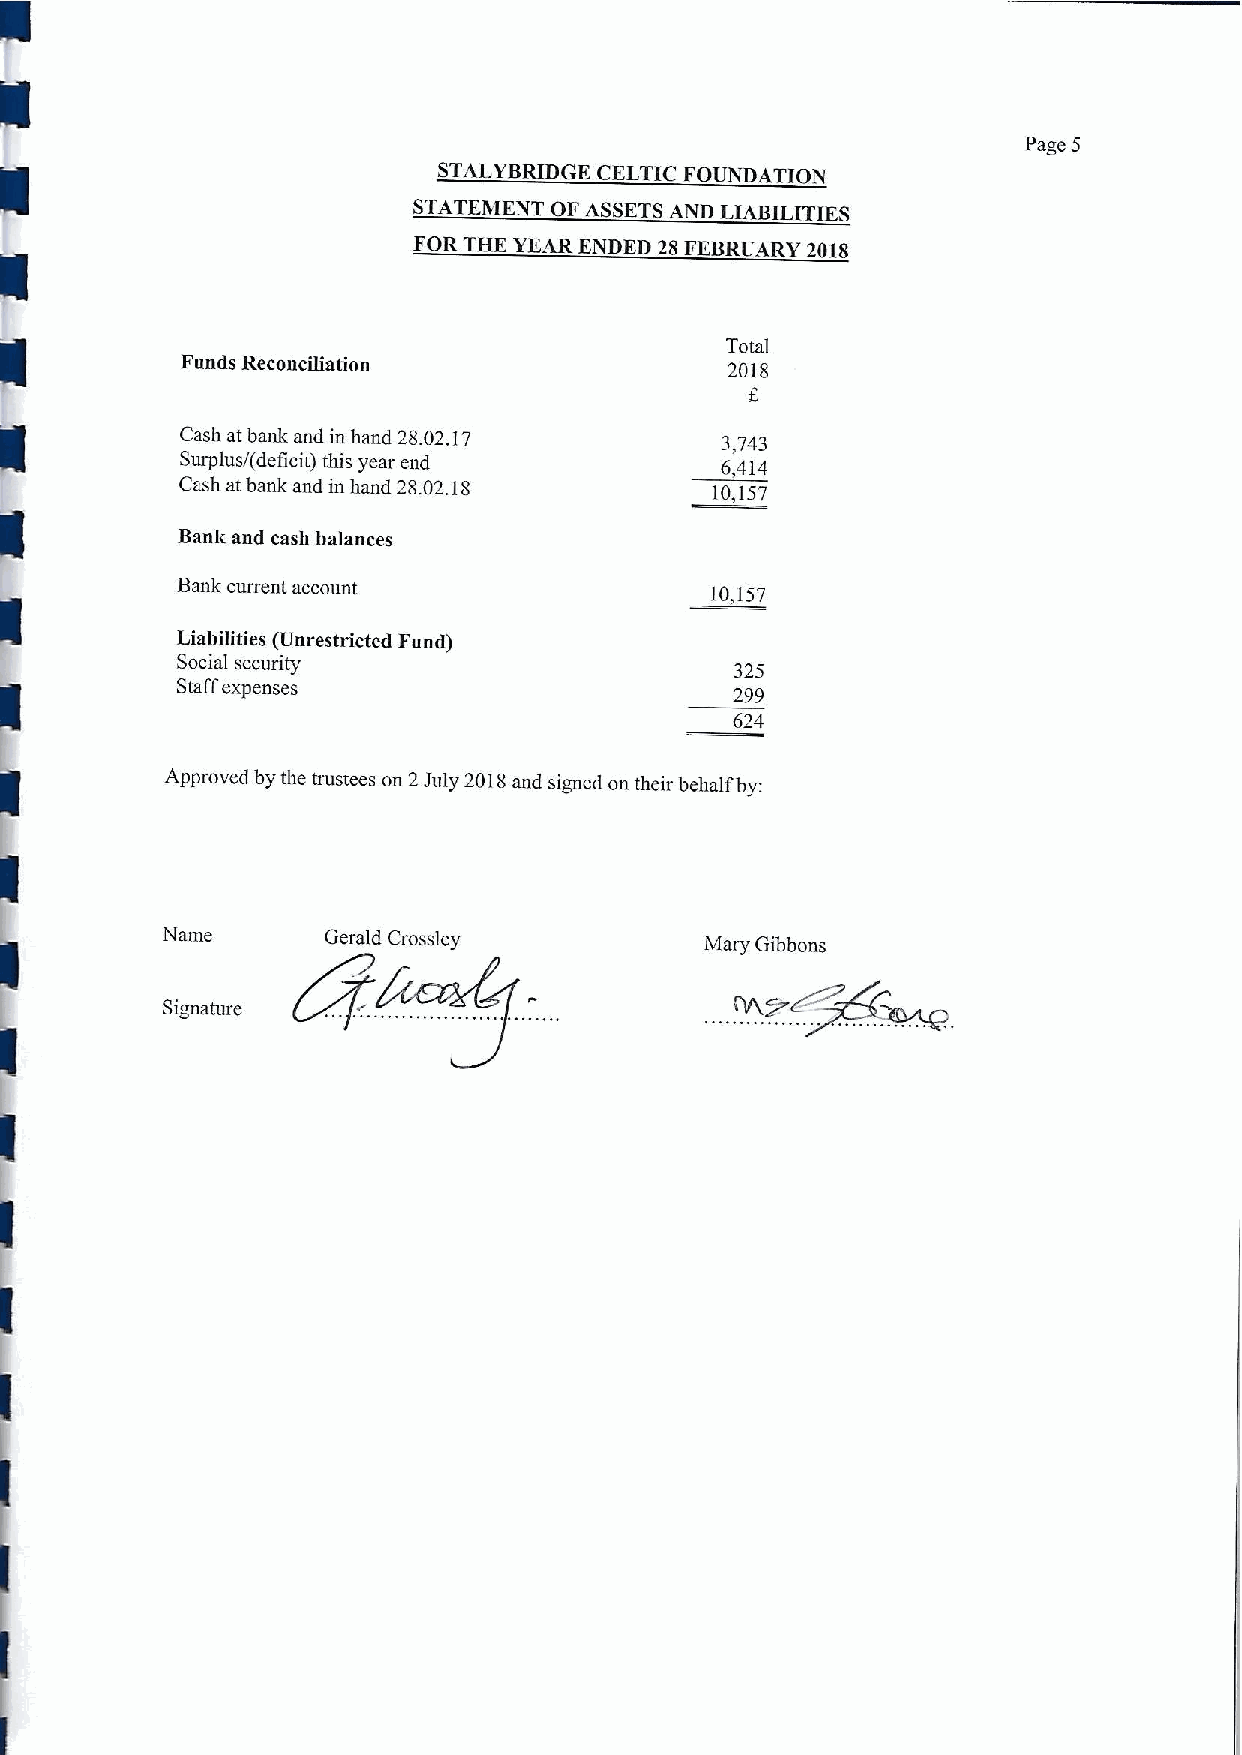
Page 5
 STALYBRIDGK CELTIC FOUNDATION
 STATEMENT OF ASSETS AND LIABILITIES
 FOR THK YEAR ENDED 28 FEBRUARY 2018
 Total
 Funds Reconciliation                2018
 Cash at bank and in hand 28.02.17   3,743
 Surplus/(deficit) this year end     6,414
 Cash atbank and in hand 28.02.18   10,157
 Bank and cash balances
 Bank current account               10,157
 Liabilities (Unrestricted Fund)
 Social security                      325
 Staffexpenses
 299
 624
 Approved by the trustees on 2July 2018and signed on their behalf by:
 Name       Gerald Crossley          Mary Gibbons
 Signature